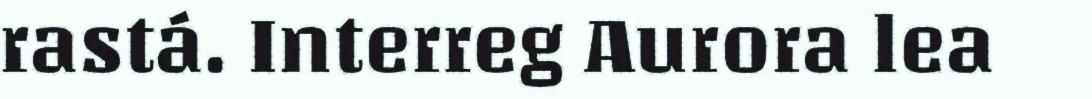
rastá. Interreg Aurora lea